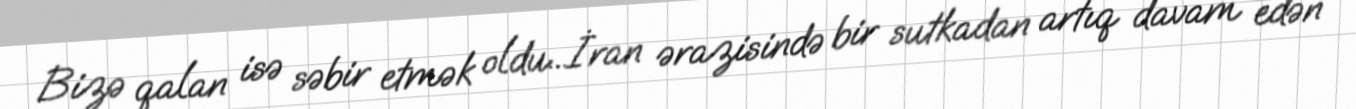
Bizə qalan isə səbir etmək oldu...İran ərazisində bir sutkadan artıq davam edən